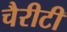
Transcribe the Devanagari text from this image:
चैरीटी